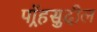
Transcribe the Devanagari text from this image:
पॉर्‍हसुदील